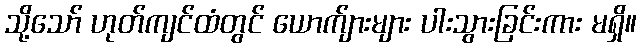
သို့သော် ဟုတ်ကျင်ထံတွင် ယောက်ျားများ ပါးသွားခြင်းကား မရှိ။